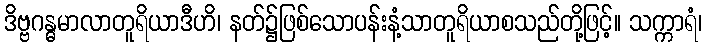
ဒိဗ္ဗဂန္ဓမာလာတူရိယာဒီဟိ၊ နတ်၌ဖြစ်သောပန်းနံ့သာတူရိယာစသည်တို့ဖြင့်။ သက္ကာရံ၊